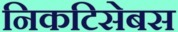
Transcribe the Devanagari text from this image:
निकटिसेबस